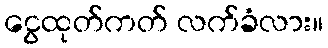
ငွေထုတ်ကတ် လက်ခံလား။